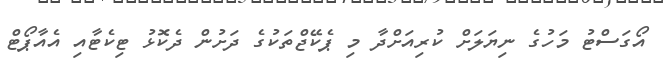
އޯގަސްޓު މަހުގެ ނިޔަލަށް ކުރިއަށްދާ މި ޕެކޭޖްތަކުގެ ދަށުން ދެކޮޅު ޓިކެޓާއި އެއާޕޯޓް